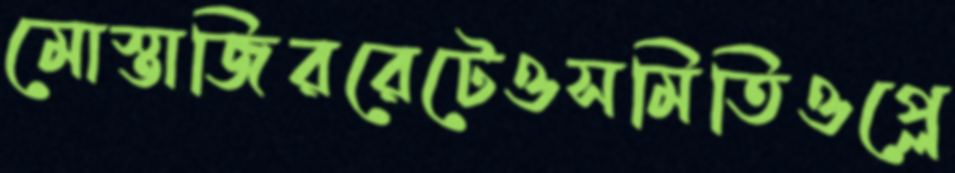
মোস্তাজিররেটেওসমিতিওপ্লে